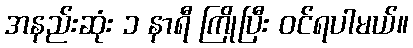
အနည်းဆုံး ၁ နာရီ ကြိုပြီး ဝင်ရပါမယ်။